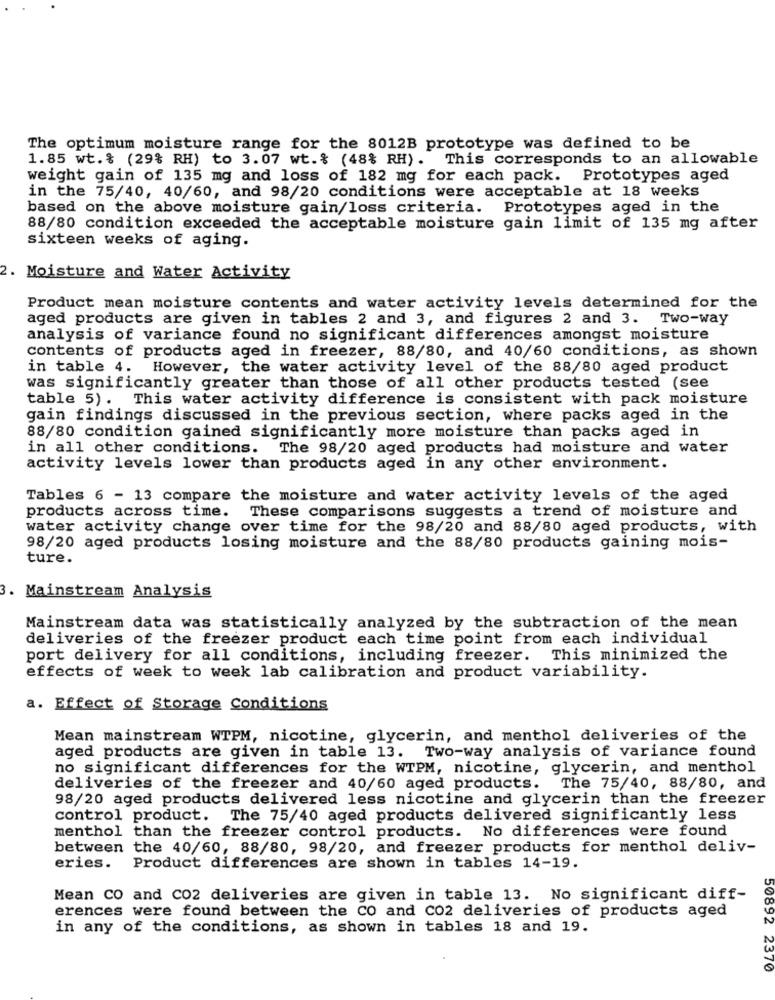
The optimum moisture range for the 8012B prototype was defined to be
1.85 wt.% (29% RH) to 3.07 wt.% (48% RH). This corresponds to an allowable
weight gain of 135 mg and loss of 182 mg for each pack. Prototypes aged
in the 75/40, 40/60, and 98/20 conditions were acceptable at 18 weeks
based on the above moisture gain/loss criteria. Prototypes aged in the
88/80 condition exceeded the acceptable moisture gain limit of 135 mg after
sixteen weeks of aging.
2. Moisture and Water Activity
Product mean moisture contents and water activity levels determined for the
aged products are given in tables 2 and 3, and figures 2 and 3. Two-way
analysis of variance found no significant differences amongst moisture
contents of products aged in freezer, 88/80, and 40/60 conditions, as shown
in table 4. However, the water activity level of the 88/80 aged product
was significantly greater than those of all other products tested (see
table 5). This water activity difference is consistent with pack moisture
gain findings discussed in the previous section, where packs aged in the
88/80 condition gained significantly more moisture than packs aged in
in all other conditions. The 98/20 aged products had moisture and water
activity levels lower than products aged in any other environment.
Tables 6 - 13 compare the moisture and water activity levels of the aged
products across time. These comparisons suggests a trend of moisture and
water activity change over time for the 98/20 and 88/80 aged products, with
98/20 aged products losing moisture and the 88/80 products gaining mois-
ture.
3. Mainstream Analysis
Mainstream data was statistically analyzed by the subtraction of the mean
deliveries of the freezer product each time point from each individual
port delivery for all conditions, including freezer. This minimized the
effects of week to week lab calibration and product variability.
a. Effect of Storage Conditions
Mean mainstream WTPM, nicotine, glycerin, and menthol deliveries of the
aged products are given in table 13. Two-way analysis of variance found
no significant differences for the WTPM, nicotine, glycerin, and menthol
deliveries of the freezer and 40/60 aged products.
The 75/40, 88/80, and
98/20 aged products delivered less nicotine and glycerin than the freezer
control product. The 75/40 aged products delivered significantly less
menthol than the freezer control products. No differences were found
between the 40/60, 88/80, 98/20, and freezer products for menthol deliv-
eries.
Product differences are shown in tables 14-19.
Mean CO and CO2 deliveries are given in table 13. No significant diff-
erences were found between the CO and Co2 deliveries of products aged
in any of the conditions, as shown in tables 18 and 19.
50892 2370